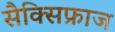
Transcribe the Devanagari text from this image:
सैक्सिफ्राज